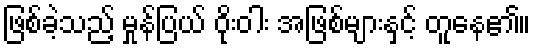
ဖြစ်ခဲ့သည့် မှုန်ပြယ် ဝိုးဝါး အဖြစ်များနှင့် တူနေ၏။